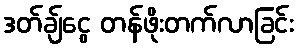
ဒတ်ချ်ငွေ တန်ဖိုးတက်လာခြင်း